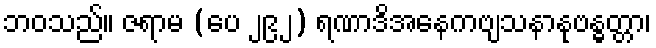
ဘဝသည်။ ဇရာမ (ပေ ၂၉၂) ရဏာဒိအနေကဗျသနာနုဗန္ဓတ္တာ၊